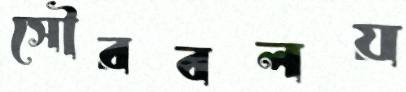
সৌরবলয়